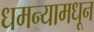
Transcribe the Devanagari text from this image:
धमन्यामधून